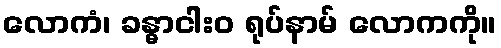
လောကံ၊ ခန္ဓာငါးဝ ရုပ်နာမ် လောကကို။